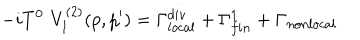
- i T ^ { 0 } \, \, V _ { 1 } ^ { ( 2 ) } ( p , p ^ { \prime } ) = \Gamma _ { l o c a l } ^ { d i v } + \Gamma _ { f i n } ^ { 1 } + \Gamma _ { n o n l o c a l }